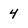
Character: 4